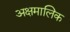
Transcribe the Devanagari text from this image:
अक्षमालिक